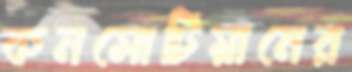
কনসোটিয়ামের